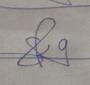
Signature authenticity: genuine